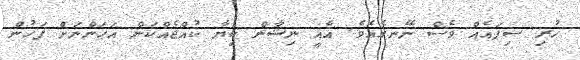
ހުރި ސިފައެއް ވެސް ނޭނގެއެވެ. އެއީ ނިޝާން ކިޔާ ކުއްޖެއްކަން އަހަންނަށް ފަހުން